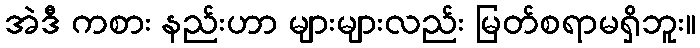
အဲဒီ ကစား နည်းဟာ များများလည်း မြတ်စရာမရှိဘူး။